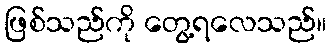
ဖြစ်သည်ကို တွေ့ရလေသည်။